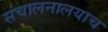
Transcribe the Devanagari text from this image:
संचालनालयाच